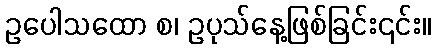
ဥပေါသထော စ၊ ဥပုသ်နေ့ဖြစ်ခြင်း၎င်း။